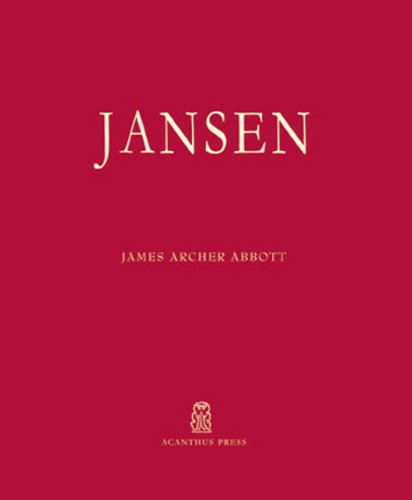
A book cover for Jansen (20th Century Decorators); James Archer Abbott; Crafts, Hobbies & Home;